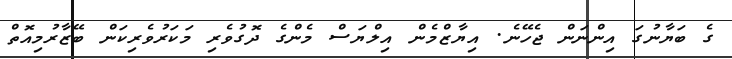
ގެ ބަޔާނުގަ އިންނަން ޖެހޭނެ. އިޔާޒްމެން އިލްޔަސް މެންގެ ދޮގުވެރި މަކަރުވެރިކަން ބޭޒާރުމިއޮތް